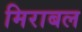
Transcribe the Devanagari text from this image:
मिराबल